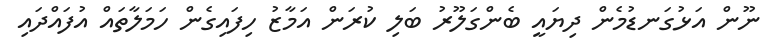
ނޫން އަޅުގަނޑުމެން ދިޔައީ ބެންގަލޫރު ބަލި ކުރަން އަމާޒު ހިފައިގެން ހަމަލާތައް އުފައްދައި